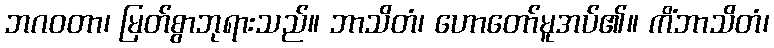
ဘဂဝတာ၊ မြတ်စွာဘုရားသည်။ ဘာသိတံ၊ ဟောတော်မူအပ်၏။ ကိံဘာသိတံ၊